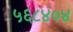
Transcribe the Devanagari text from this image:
५६८४०४